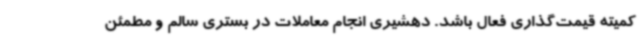
کمیته قیمت‌گذاری فعال باشد. دهشیری انجام معاملات در بستری سالم و مطمئن